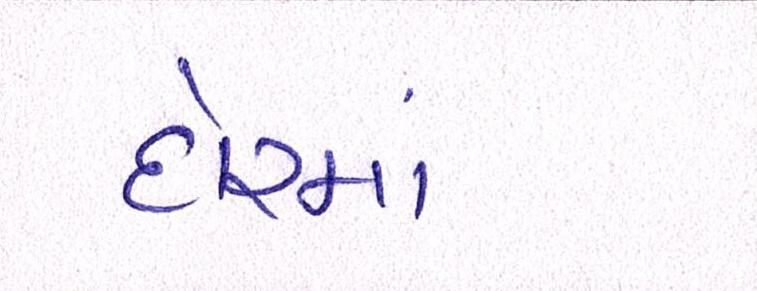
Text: દોરમાં